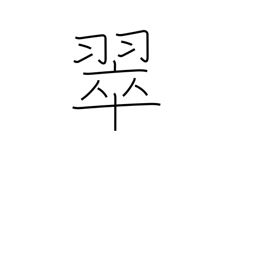
Meaning: kingfisher